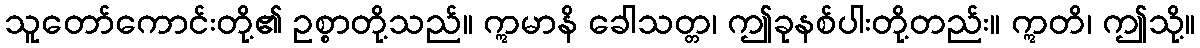
သူတော်ကောင်းတို့၏ ဥစ္စာတို့သည်။ ဣမာနိ ခေါသတ္တ၊ ဤခုနစ်ပါးတို့တည်း။ ဣတိ၊ ဤသို့။